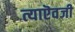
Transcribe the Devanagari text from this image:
त्याऎवजी